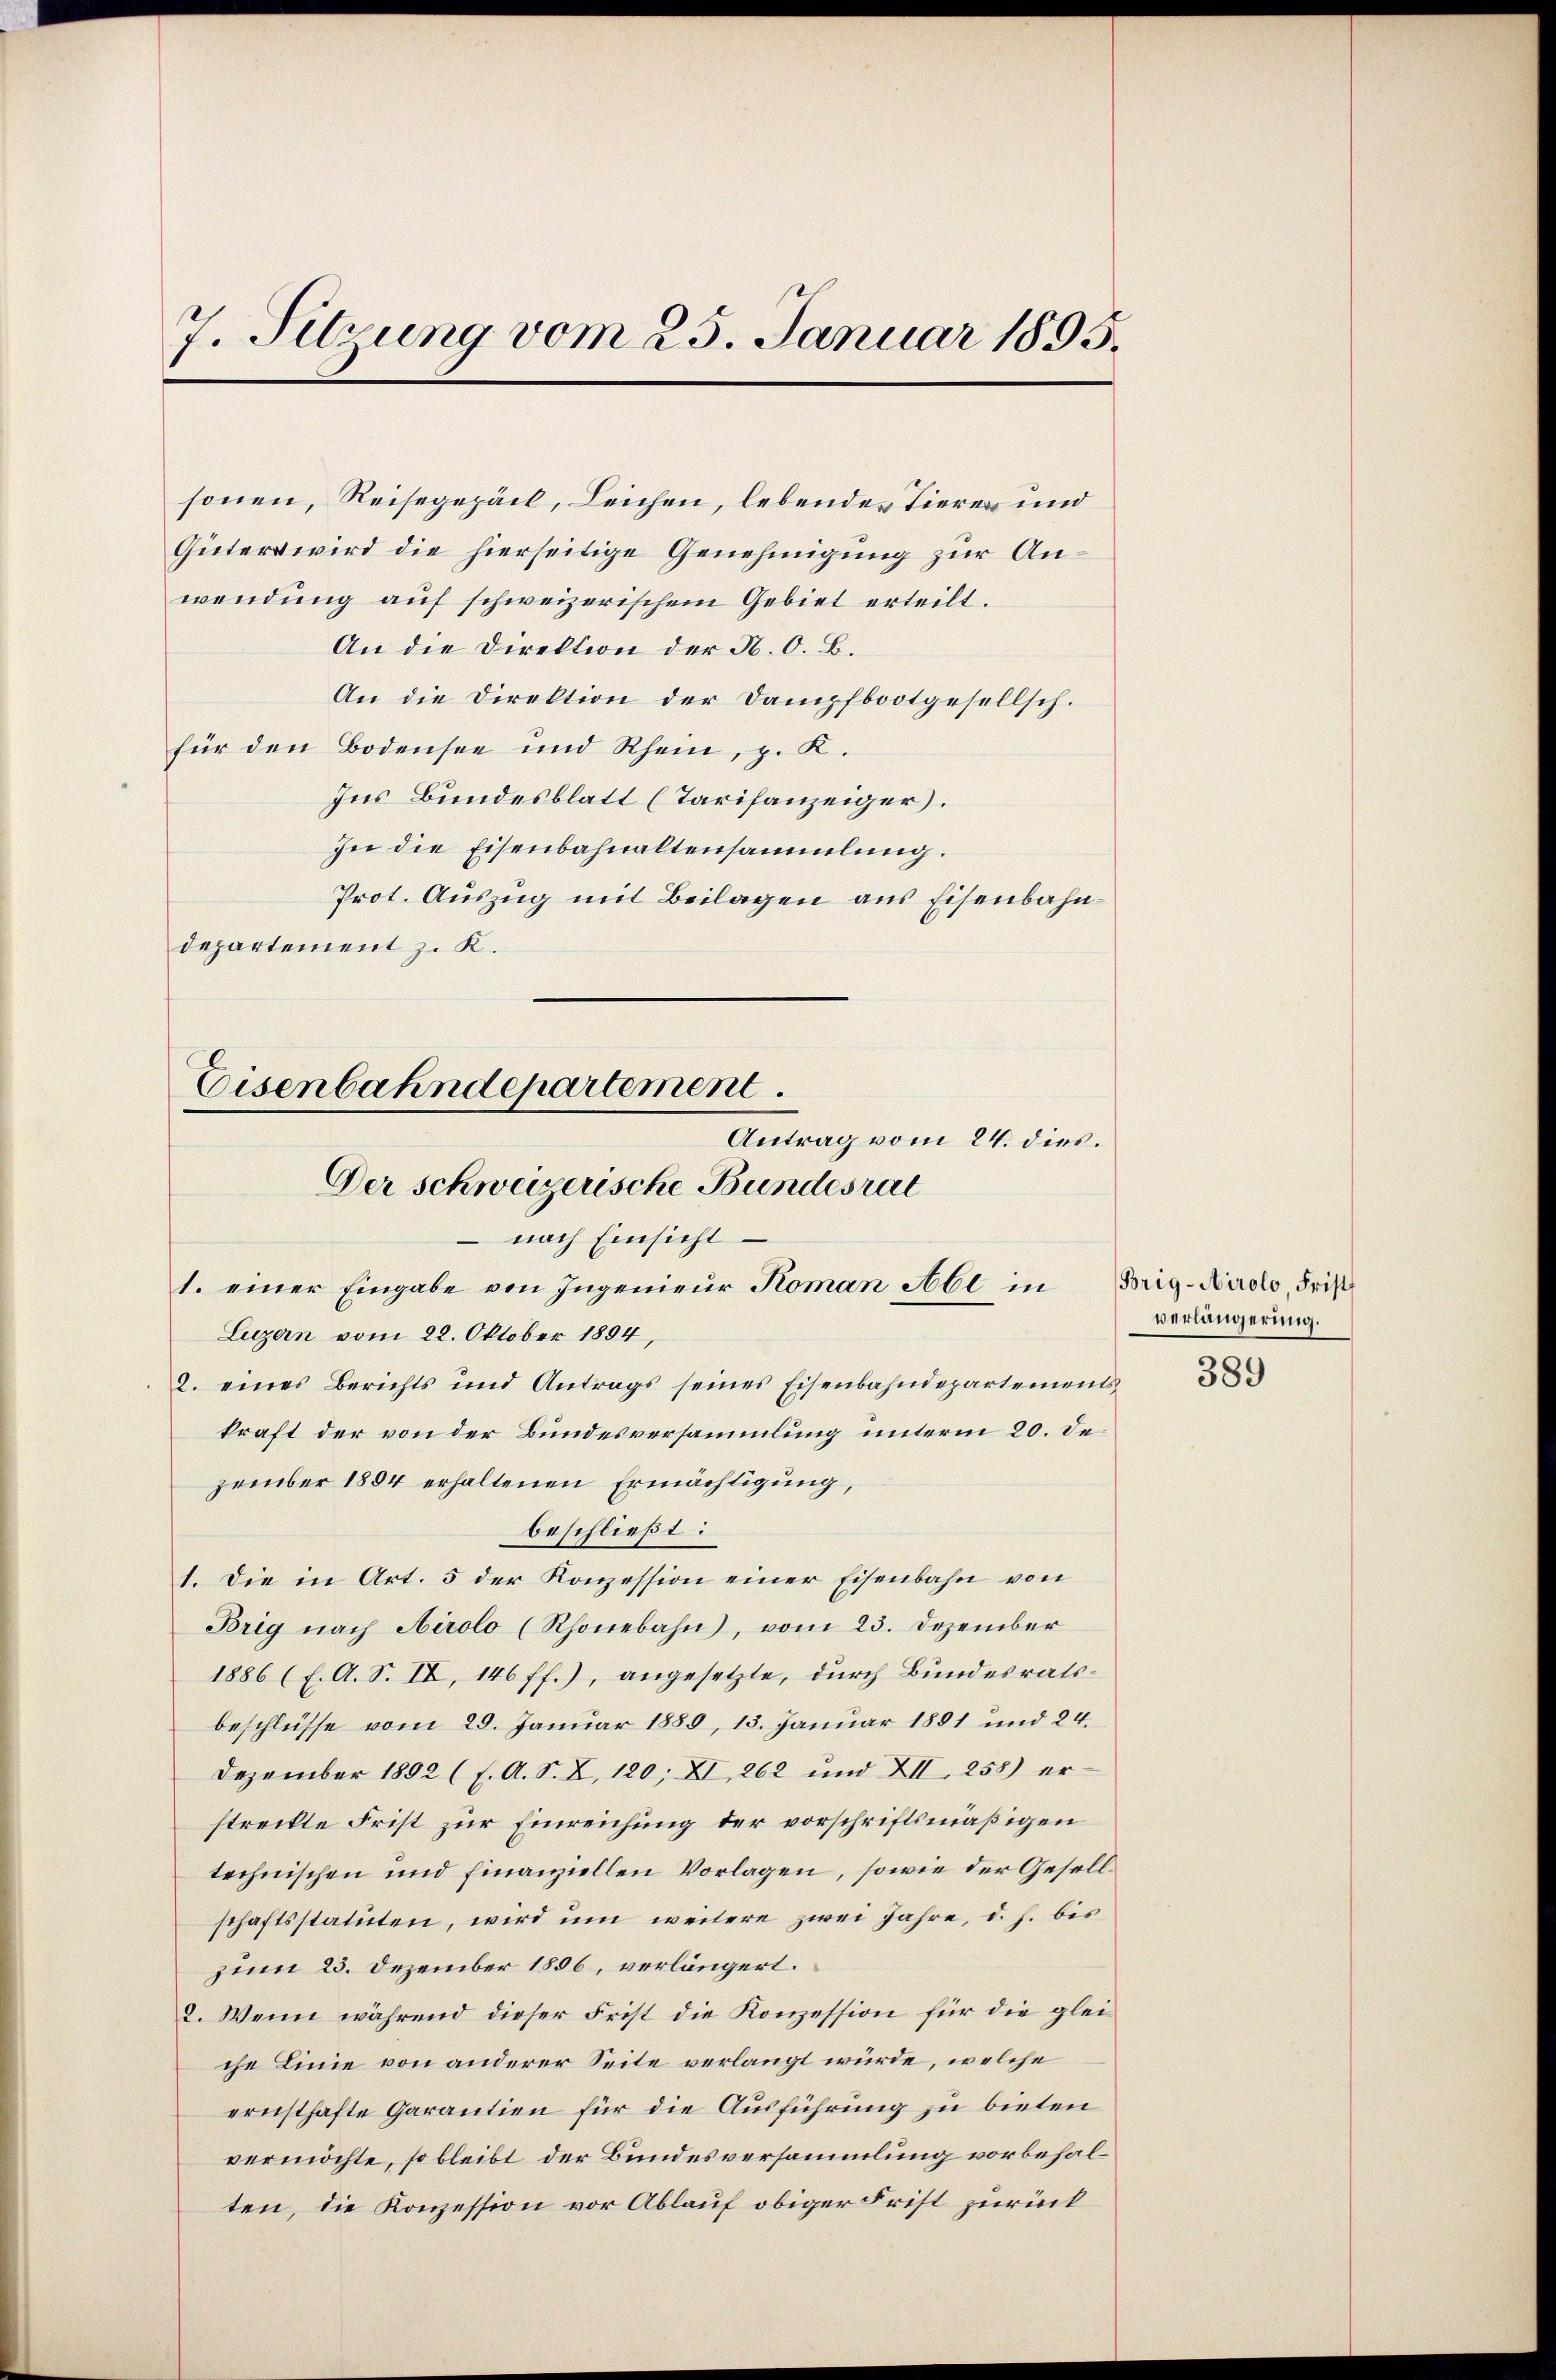
7. Sitzung vom 25. Januar 1895.

sonen, Reisegepeil, Leichen, lebendes Tieren und
Güters wird die hierseitige Genehmigung zur Anwendung auf schweizerischem Gebiet erteilt.
An die Direktion der N. O. B.
An die Direktion der Dampfbootgesellsch.
für den Bodensee und Rhein, p. K.
Ins Bundesblatt (Tarifanzeiger.
In die Eisenbahnaltensammlung.
Prot. Auszug mit Beilagen aus Eisenbahndepartement z. K.

Eisenbahndepartement.
Antrag vom 24. dies.
Der Schweizerische Bundesrat
nach Einsicht
1. einer Eingabe von Ingenieur Koman Abl in Brig-Airolo, Frist

Luzern vom 22. Oktober 1894,
. eines Berichts und Antrags seines Eisenbahndepartements
kraft der von der Bundesversammlung unterm 20. Dezember 1884 erhaltenen Ermächtigung,
beschließt:
1. Die in Art. 5 der Konzession einer Eisenbahn von
Brig nach Airolo (Rhonebahn, vom 23. Dezember
1886 (E. A. S. II, 146 ff.), angesetzte, durch Bundesratsbeschlüsse vom 29. Januar 1889, 13. Januar 1891 und 24.
Dezember 1892 (s. A. S. Z. 120; II 262 und XII 258) erstreckte Frist zur Einreichung der vorschriftsmäßigen
technischen und finanziellen Vorlagen, sowie der Gesellschaftsstatuten, wird um weitere zwei Jahre, d. h. bis
zum 23. Dezember 1856, verlängert.
2. Wenn während dieser Frist die Konzession für die gleiche Linie von anderer Seite verlangt würde, welche
ernsthafte Garantien für die Ausführung zu bieten
vermöchte, so bleibt der Bundesversammlung vorbehalten, die Konzession vor Ablauf obiger Frist zurück¬

verlängerung.

389